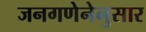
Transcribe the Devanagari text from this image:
जनगणेनेनुसार